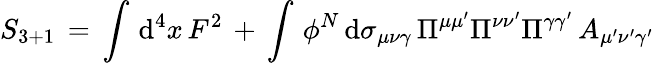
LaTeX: S_{3+1}\, =\, \int\, \mathrm{d}^{4}x\, F^{2}\, +\, \int\, \phi^{N}\, \mathrm{d}\sigma_{\mu\nu\gamma}\, \Pi^{\mu\mu^{\prime}}\Pi^{\nu\nu^{\prime}}\Pi^{\gamma\gamma^{\prime}}\, A_{\mu^{\prime}\nu^{\prime}\gamma^{\prime}}